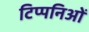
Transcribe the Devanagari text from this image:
टिप्पनिओं